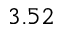
3 . 5 2